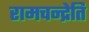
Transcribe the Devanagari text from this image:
रामचन्द्रेति